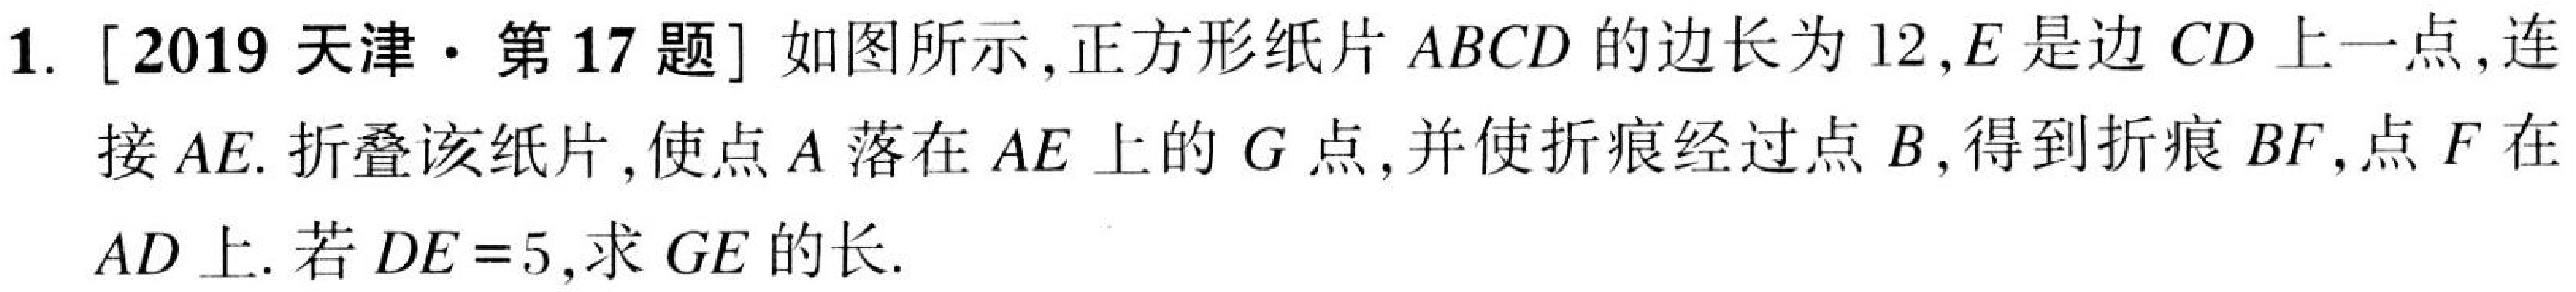
1. [2019天津·第17题] 如图所示,正方形纸片\(ABCD\)的边长为\(12\),\(E\)是边\(CD\)上一点,连
接\(AE\). 折叠该纸片,使点\(A\)落在\(AE\)上的\(G\)点,并使折痕经过点\(B\),得到折痕\(BF\),点\(F\)在
\(AD\)上. 若\(DE = 5\),求\(GE\)的长.